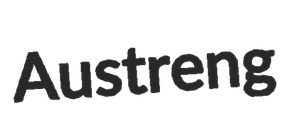
Austreng